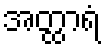
အတ္ထာရံ